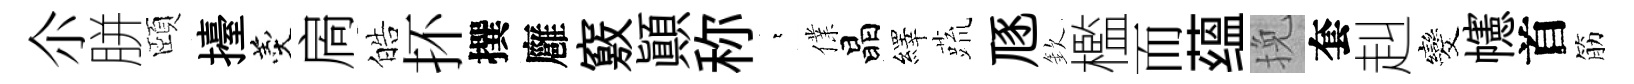
尒胼頤擡羹扄皓抔撰廱竅顚称萋㒒晶繹蔬豗欽檻而蕴挽套赳发幰首筋